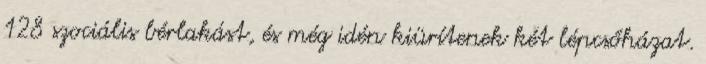
128 szociális bérlakást, és még idén kiürítenek két lépcsőházat.